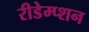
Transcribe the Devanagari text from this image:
रीडेम्प्शन